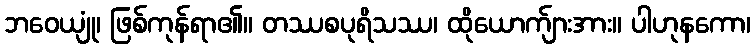
ဘဝေယျုံ၊ ဖြစ်ကုန်ရာ၏။ တဿစပုရိသဿ၊ ထိုယောက်ျားအား။ ပါဟုနကော၊